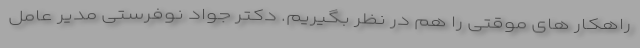
راهکار های موقتی را هم در نظر بگیریم. دکتر جواد نوفرستی مدیر عامل